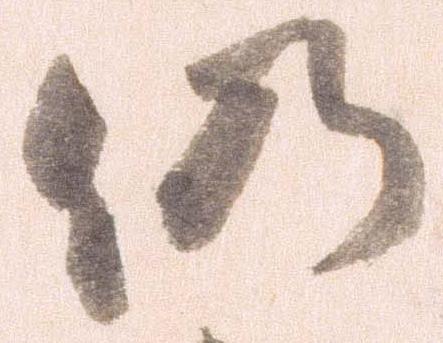
仍